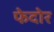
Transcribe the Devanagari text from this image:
फेदोर